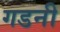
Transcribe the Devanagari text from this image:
गडनी